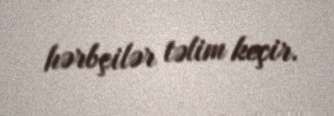
hərbçilər təlim keçir.